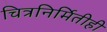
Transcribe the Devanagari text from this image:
चित्रनिर्मितीही